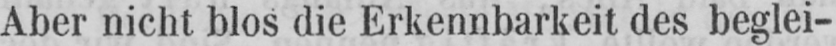
Aber nicht blos die Erkennbarkeit des beglei-